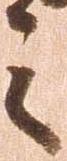
言